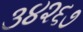
૩૪૨૬૭